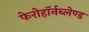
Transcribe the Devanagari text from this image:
फेरोहॉर्नब्लेण्ड